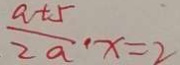
\frac { a + 5 } { 2 a } \cdot x = 2